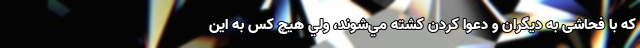
كه با فحاشی به ديگران و دعوا كردن كشته مي‌شوند، ولي هيچ كس به اين